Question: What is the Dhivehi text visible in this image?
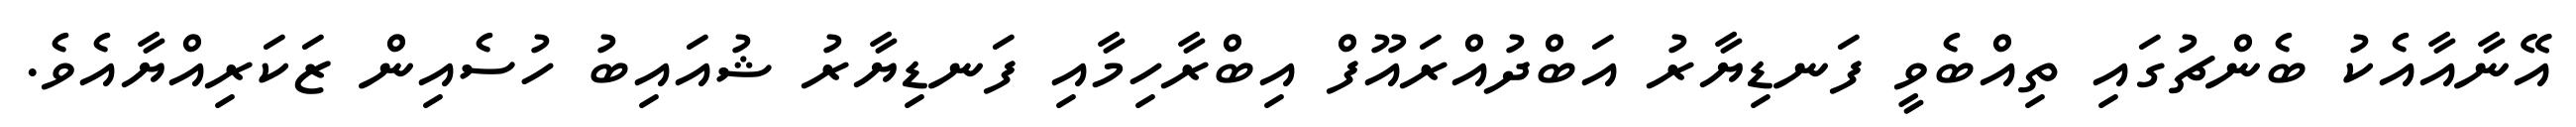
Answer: އޭނާއާއެކު ބެންޗުގައި ތިއްބެވީ ފަނޑިޔާރު އަބްދުއްރައޫފް އިބްރާހިމާއި ފަނޑިޔާރު ޝުއައިބު ހުސެއިން ޒަކަރިއްޔާއެވެ.